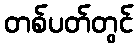
တစ်ပတ်တွင်